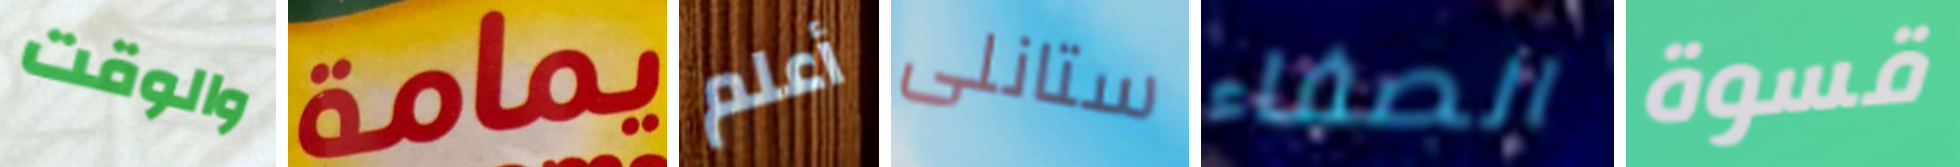
والوقت يمامة أعلم ستانلى الصفاء قسوة